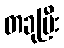
တခုပြီး